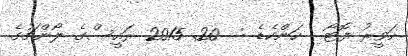
ހަވީރު ފޮޓޯ : ހަންކެޑެ :  20